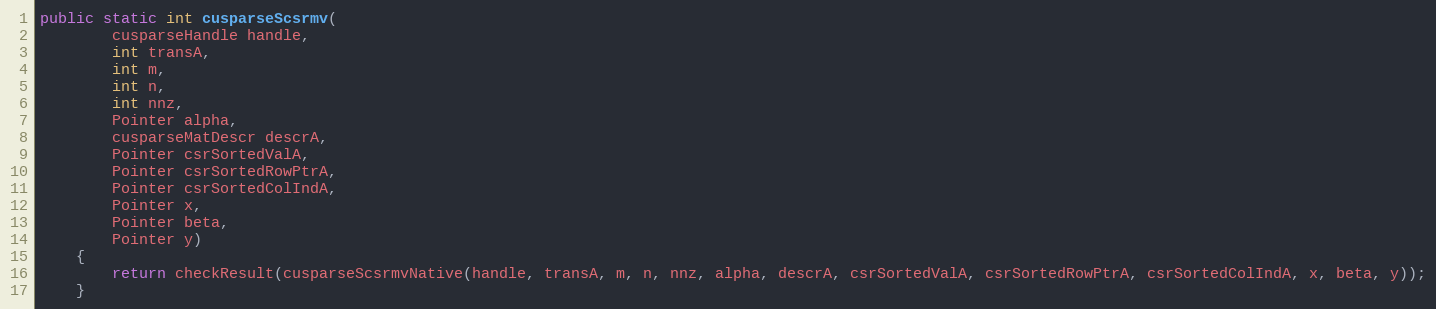
Language: Java
public static int cusparseScsrmv(
        cusparseHandle handle,
        int transA,
        int m,
        int n,
        int nnz,
        Pointer alpha,
        cusparseMatDescr descrA,
        Pointer csrSortedValA,
        Pointer csrSortedRowPtrA,
        Pointer csrSortedColIndA,
        Pointer x,
        Pointer beta,
        Pointer y)
    {
        return checkResult(cusparseScsrmvNative(handle, transA, m, n, nnz, alpha, descrA, csrSortedValA, csrSortedRowPtrA, csrSortedColIndA, x, beta, y));
    }